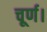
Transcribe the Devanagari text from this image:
चूर्ण।